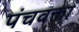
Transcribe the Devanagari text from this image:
पंचवक्ता